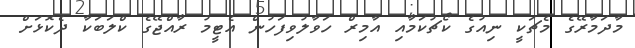
މާދަމާރޭގެ މެޗަކީ ނިއުގެ ކޯޗުކަމާއި އާމިރް ހަވާލުވިފަހުން އެޓީމު ރާއްޖޭގެ ކްލަބަކާ ދެކޮޅަށް